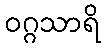
ဝဂ္ဂသာရိ